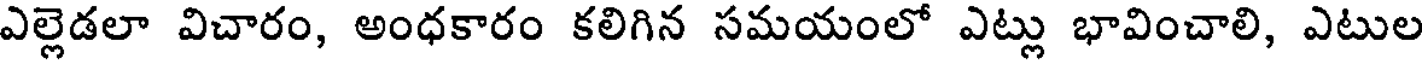
ఎల్లెడలా విచారం, అంధకారం కలిగిన సమయంలో ఎట్లు భావించాలి, ఎటుల